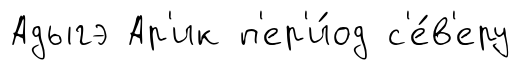
Адыгэ Ар'ик п'ер'и́од с'е́в'еру